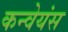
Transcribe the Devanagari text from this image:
कन्वेयंस